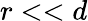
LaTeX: r<<d